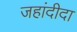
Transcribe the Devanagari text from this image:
जहांदीदा